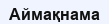
Аймақнама